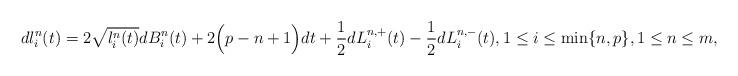
LaTeX: \begin{align*} dl^n_i(t) = 2 \sqrt{l^n_i(t)} dB^n_i(t) + 2 \Big(p - n + 1\Big) dt + \frac{1}{2}dL^{n, +}_i(t) - \frac{1}{2}dL^{n, -}_i(t), 1 \leq i \leq \min\{n, p\}, 1 \leq n \leq m,\end{align*}